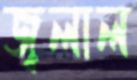
জ্বলাল